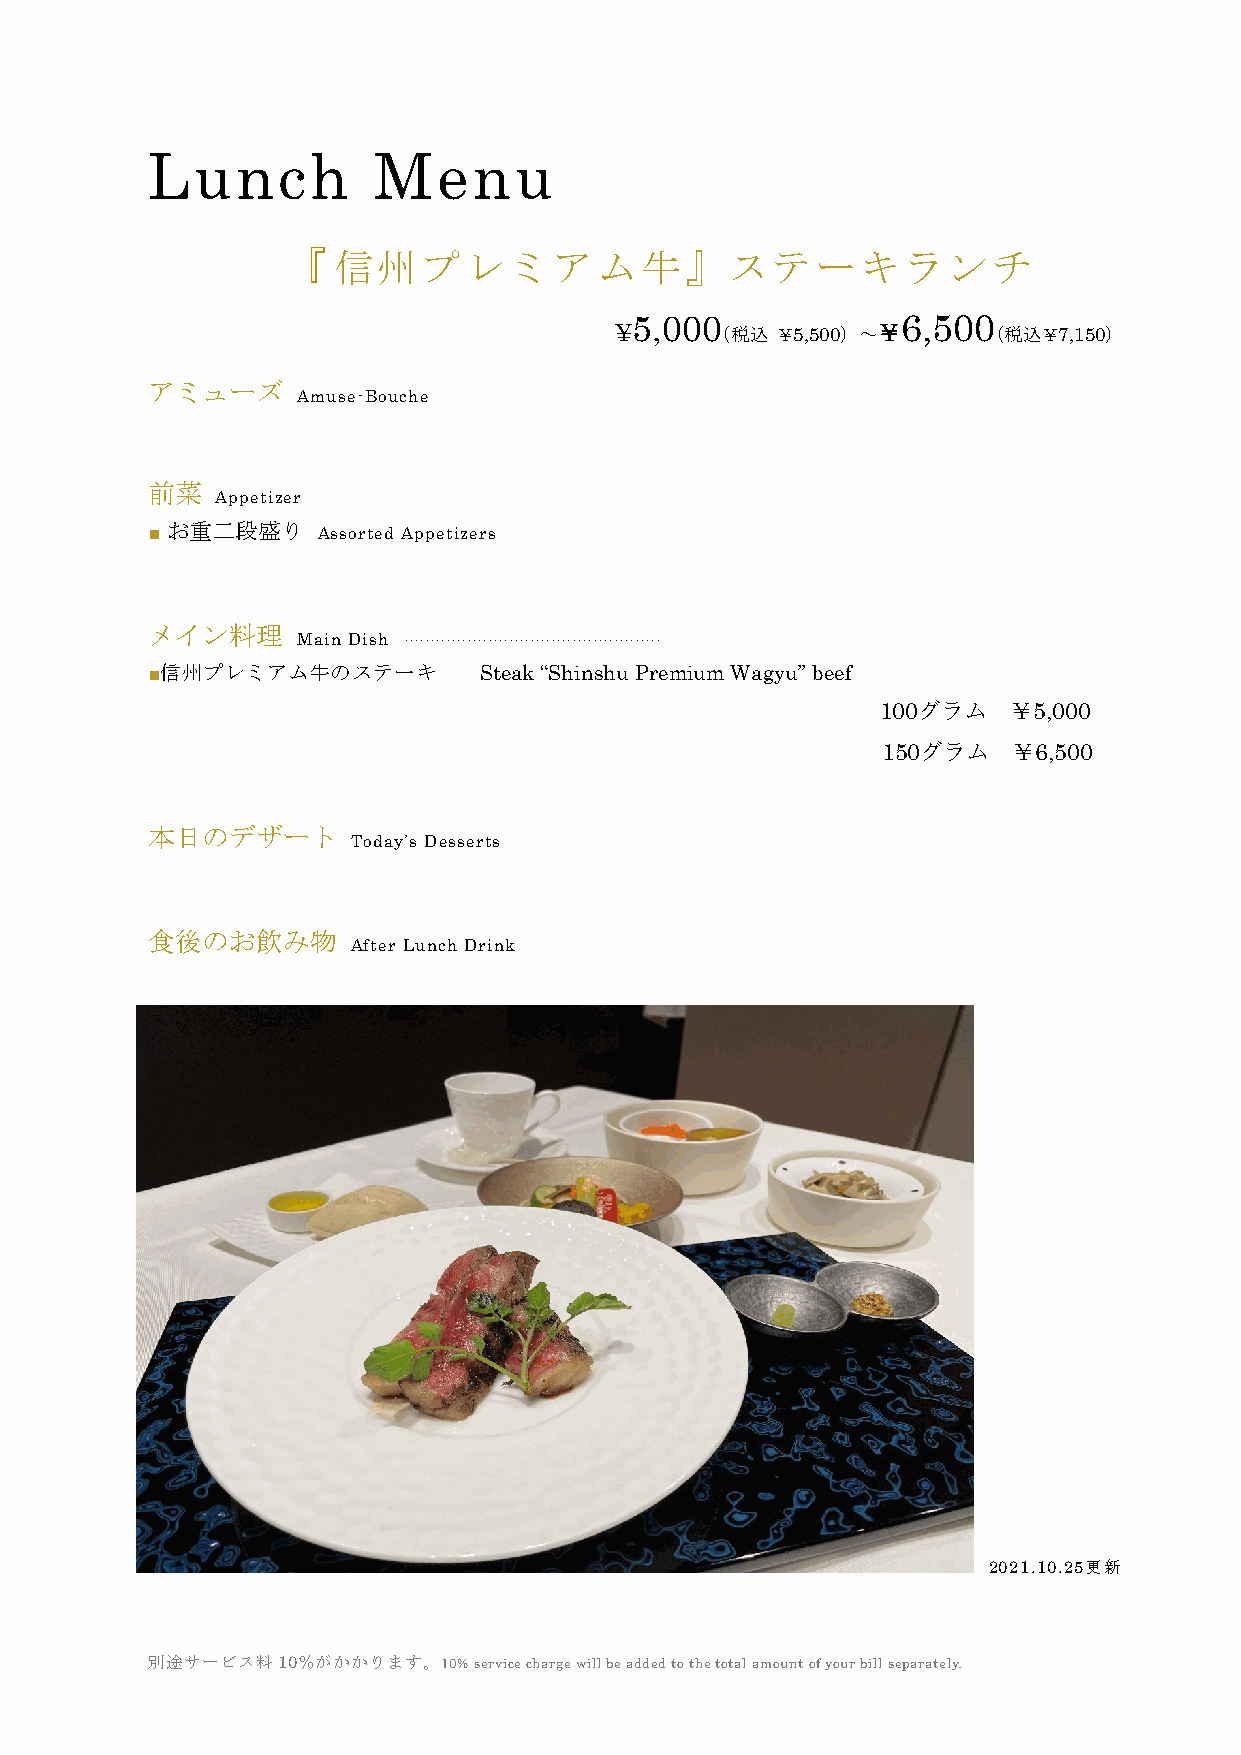
Lunch          Menu
 『  信州プレミアム牛』ステーキランチ
 5,000             6,500
 ¥      （税込 ￥5,500） ～￥    （税込￥7,150）
 アミューズ
 Amuse-Bouche
 前菜
 Appetizer
 お重二段盛り
 ■          Assorted Appetizers
 メイン料理
 Main Dish .................................................
 ■信州プレミアム牛のステーキ        Steak “Shinshu Premium Wagyu” beef
 100グラム   ￥5,000
 150グラム   ￥6,500
 本日のデザート
 Today’s Desserts
 食後のお飲み物
 After Lunch Drink
 2021.10.25更新
 別途サービス料10％がかかります。10% service charge will be added to the total amount of your bill separately.